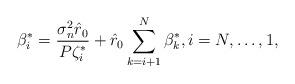
LaTeX: \begin{align*}&\beta_i^* = \frac{\sigma_n^2\hat{r}_0}{P\zeta^*_i} + \hat{r}_0 \sum_{k=i+1}^N\beta^*_k, i=N,\ldots,1, \end{align*}